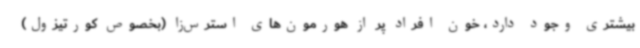
بیشتری وجود دارد، خون افراد پر از هورمون‌های استرس‌زا (بخصوص کورتیزول)